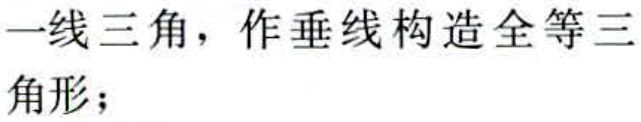
一线三角，作垂线构造全等三角形；